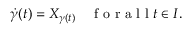
\begin{array} { r } { \dot { \gamma } ( t ) = X _ { \gamma ( t ) } \quad \mathrm { ~ f ~ o ~ r ~ a ~ l ~ l ~ } t \in I . } \end{array}